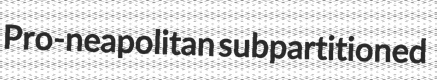
Pro-neapolitan subpartitioned